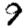
Digit: 9